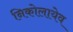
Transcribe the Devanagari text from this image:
निकोलायेव